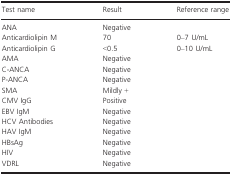
| Test name | Result | Reference range |
 | --- | --- | --- |
 | ANA | Negative |  |
 | Anticardiolipin M | 70 | 0–7 U/mL |
 | Anticardiolipin G | <0.5 | 0–10 U/mL |
 | AMA | Negative |  |
 | C‐ANCA | Negative |  |
 | P‐ANCA | Negative |  |
 | SMA | Mildly + |  |
 | CMV IgG | Positive |  |
 | EBV IgM | Negative |  |
 | HCV Antibodies | Negative |  |
 | HAV IgM | Negative |  |
 | HBsAg | Negative |  |
 | HIV | Negative |  |
 | VDRL | Negative |  |